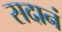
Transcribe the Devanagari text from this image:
सदानं